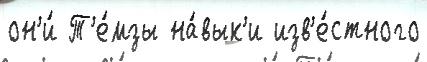
он'и́ Т'е́мзы на́вык'и изв'е́стного